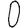
Digit: 0